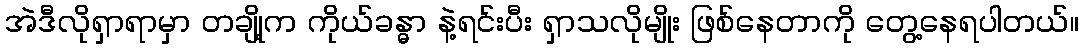
အဲဒီလိုရှာရာမှာ တချို့က ကိုယ်ခန္ဓာ နဲ့ရင်းပီး ရှာသလိုမျိုး ဖြစ်နေတာကို တွေ့နေရပါတယ်။